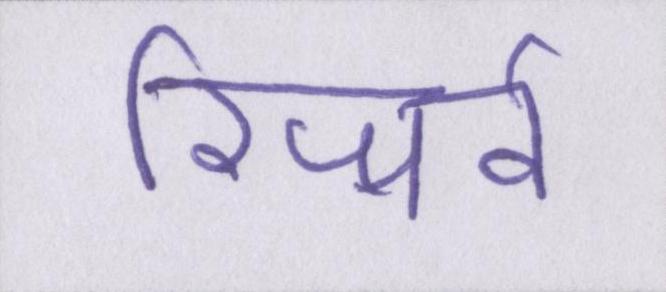
रिजर्व